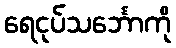
ရေငုပ်သင်္ဘောကို